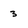
Character: 3